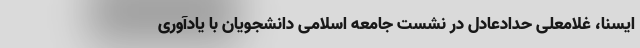
ایسنا، غلامعلی حدادعادل در نشست جامعه اسلامی دانشجویان با یادآوری